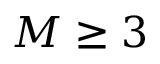
M \ge 3